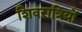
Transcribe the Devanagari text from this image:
शिवरात्रियों